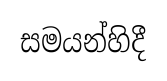
සමයන්හිදී